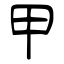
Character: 甲